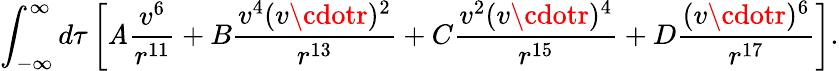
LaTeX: \int_{-\infty}^{\infty}d\tau\left[\mathit{A}\frac{{v^{6}}}{{r^{11}}}+B\frac{{v^{4}(v\cdotr)^{2}}}{{r^{13}}}+C\frac{{v^{2}(v\cdotr)^{4}}}{{r^{15}}}+D\frac{{(v\cdotr)^{6}}}{{r^{17}}}\right].